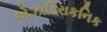
એઝાડિરાકનિક